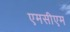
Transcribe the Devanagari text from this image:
एमसीएम